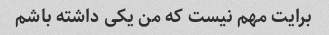
برایت مهم نیست که من یکی داشته باشم